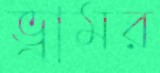
ভ্রামর